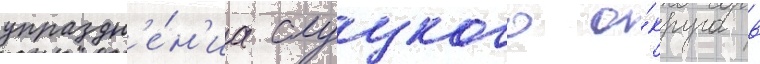
упраздн'е́н'иа слуцкого о́круга в